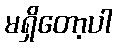
မရှိတော့ပါ